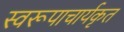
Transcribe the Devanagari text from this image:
स्वरूपाचार्यकृत